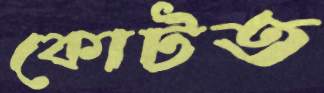
কোটত